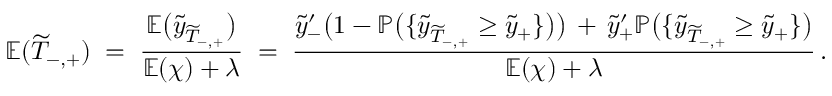
\mathbb { E } ( \widetilde { T } _ { - , + } ) \; = \; \frac { \mathbb { E } \big ( \widetilde { y } _ { \widetilde { T } _ { - , + } } \big ) } { \mathbb { E } ( \chi ) + \lambda } \; = \; \frac { \widetilde { y } _ { - } ^ { \prime } \big ( 1 - \mathbb { P } \big ( \{ \widetilde { y } _ { \widetilde { T } _ { - , + } } \geq \widetilde { y } _ { + } \} \big ) \big ) \, + \, \widetilde { y } _ { + } ^ { \prime } \mathbb { P } \big ( \{ \widetilde { y } _ { \widetilde { T } _ { - , + } } \geq \widetilde { y } _ { + } \} \big ) } { \mathbb { E } ( \chi ) + \lambda } \, .